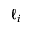
\ell _ { i }